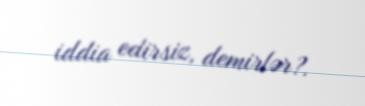
iddia edirsiz, demirlər?.